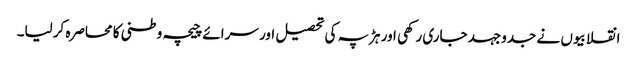
انقلابیوں نے جدوجہد جاری رکھی اور ہڑپہ کی تحصیل اور سرائے چیچہ وطنی کا محاصرہ کرلیا۔